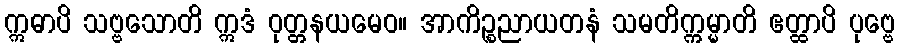
ဣဓာပိ သဗ္ဗသောတိ ဣဒံ ဝုတ္တနယမေဝ။ အာကိဉ္စညာယတနံ သမတိက္ကမ္မာတိ ဧတ္ထာပိ ပုဗ္ဗေ